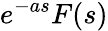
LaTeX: e^{-as}F(s)